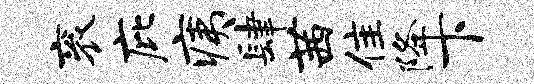
衮庇痍肆茜隹降下